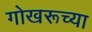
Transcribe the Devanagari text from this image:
गोखरूच्या